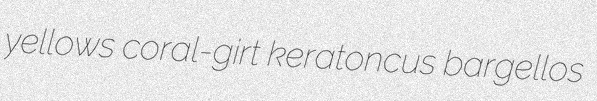
yellows coral-girt keratoncus bargellos